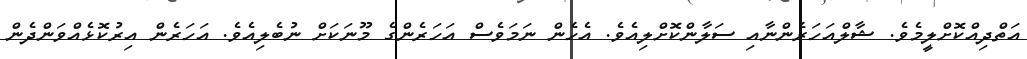
އަތްދިއްކޮށްލީމެވެ. ޝާލްއަހަރެންނާއި ސަލާންކޮށްލިއެވެ. އެހެން ނަމަވެސް އަހަރެންގެ މޫނަކަށް ނުބެލިއެވެ. އަހަރެން އިރުކޮޅެއްވަންދެން